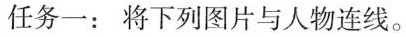
任务一:将下列图片与人物连线.